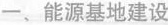
一﹑能源基地建设